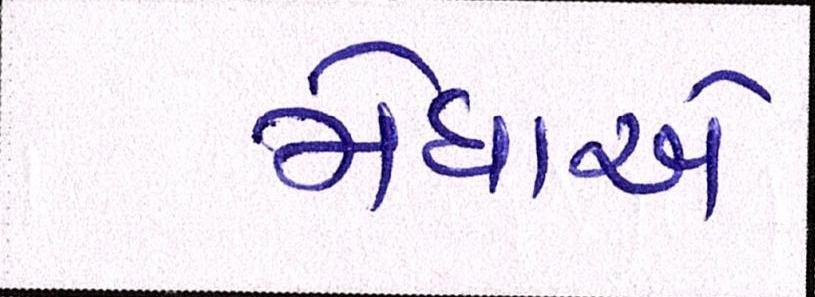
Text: મેઘાએ